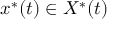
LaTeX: x ^ { \ast } ( t ) \in X ^ { \ast } ( t )